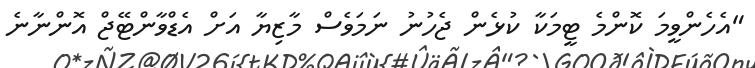
"އެހެންވީމަ ކޮންމެ ޓީމަކާ ކުޅެން ޖެހުނު ނަމަވެސް މާޒިޔާ އަށް އެޑްވާންޓޭޖް އޮންނާނެ